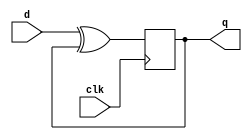
module T_FF(clk,d,q);
	input clk, d;
	output reg q;
	
	initial
	begin
		q = 1'b0;
	end
	
	always @(posedge clk)
	begin
		q<= d^q;
	end
	
endmodule